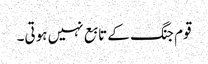
قوم جنگ کے تابع نہیں ہوتی۔